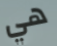
هي